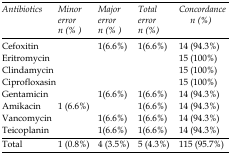
<table><thead><tr><td><b>Antibiotics</b></td><td><b>Minor error n (%)</b></td><td><b>Major error n (%)</b></td><td><b>Total error n (%)</b></td><td><b>Concordance n (%)</b></td></tr></thead><tbody><tr><td>Cefoxitin</td><td></td><td>1(6.6%)</td><td>1(6.6%)</td><td>14 (94.3%)</td></tr><tr><td>Eritromycin</td><td></td><td></td><td></td><td>15 (100%)</td></tr><tr><td>Clindamycin</td><td></td><td></td><td></td><td>15 (100%)</td></tr><tr><td>Ciprofloxasin</td><td></td><td></td><td></td><td>15 (100%)</td></tr><tr><td>Gentamicin</td><td></td><td>1(6.6%)</td><td>1(6.6%)</td><td>14 (94.3%)</td></tr><tr><td>Amikacin</td><td>1(6.6%)</td><td></td><td>1(6.6%)</td><td>14 (94.3%)</td></tr><tr><td>Vancomycin</td><td></td><td>1(6.6%)</td><td>1(6.6%)</td><td>14 (94.3%)</td></tr><tr><td>Teicoplanin</td><td></td><td>1(6.6%)</td><td>1(6.6%)</td><td>14 (94.3%)</td></tr><tr><td>Total</td><td>1 (0.8%)</td><td>4 (3.5%)</td><td>5 (4.3%)</td><td>115 (95.7%)</td></tr></tbody></table>